Eesti_Vabariigi_Tartu_Ulikool, lk 57
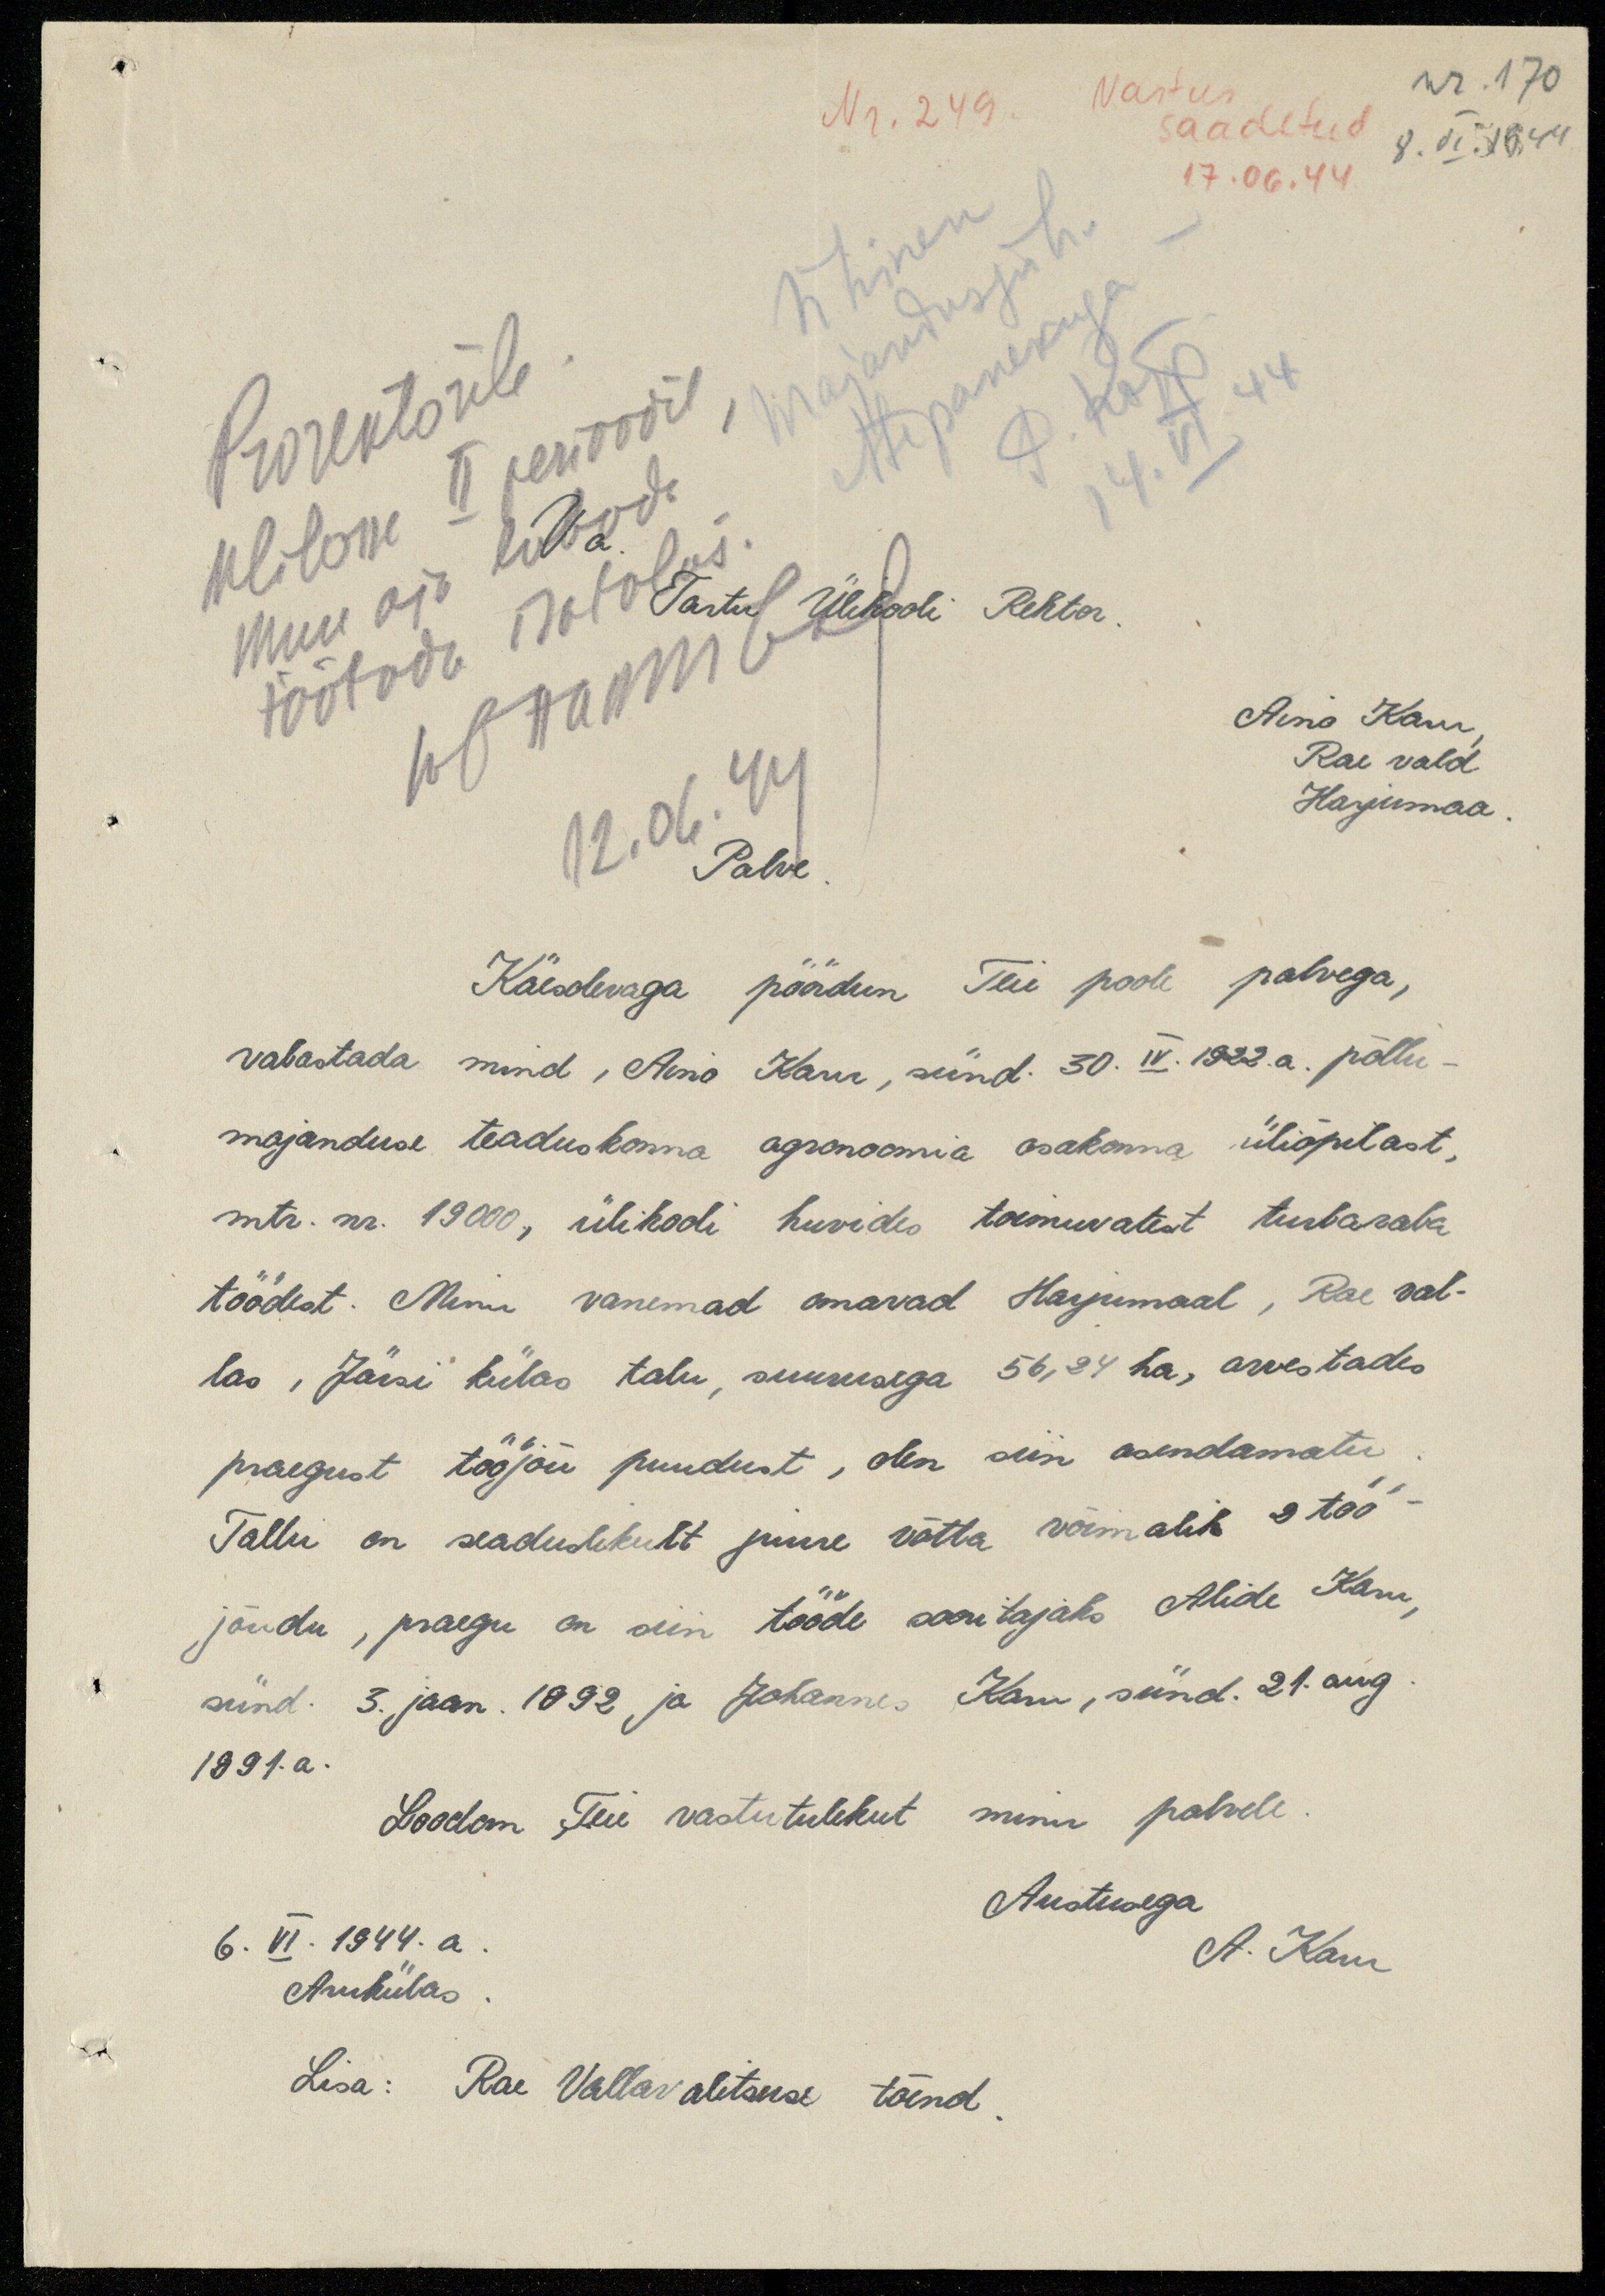
Nr. 249. vastus saadetud
17.06.44
nr. 170
8. VI 56.44
Ühinen
majandusjuh
ettepanekuga
14. VI. 44
Prorektorile
Ülilone II perioodil
Muu aja lubad
töötada isatalus
12.06.44
V a.
Tartu Ülikooli Rektor
Aino Karu
Rae vald
Harjumaa
Palve
Käesolevaga pöödun Teie poole palvega,
vabastada mind, Aino Karu, sünd. 30. IV. 1922.a. põllu-
majanduse teaduskonna agronoomia osakonna üliõpilast,
mtr. nr. 19000, ülikooli huvides toimuvatest turbaraba
töödest. Minu vanemad omavad Harjumaal, Rae val-
las, Järsi külas talu, suurusega 56,24 ha, arvestades
praegust tööjõu puudust, olen siin asendamatu
Tallu on seaduslikult juure võtta võimalik 2 töö-
jõudu, praegu on siin tööde sooritajaks Alide Karu,
sünd. 3. jaan. 1892 ja Johannes Karu, sünn. 21. aug.
1891.a.
Loodan Teie vastutulekut minu palvele.
Austusega
A. Karu.
6. VI. 1944. a.
Arukülas
Lisa: Rae Vallavalitsuse tõend